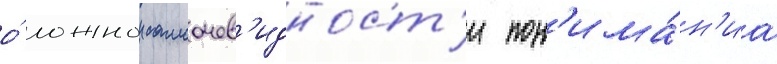
о́ ложнои самоочев'идност'и пон'има́н'иа